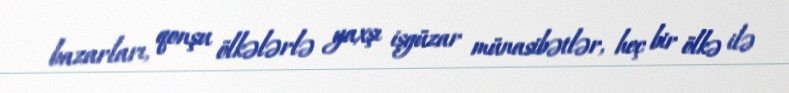
bazarları, qonşu ölkələrlə yaxşı işgüzar münasibətlər, heç bir ölkə ilə